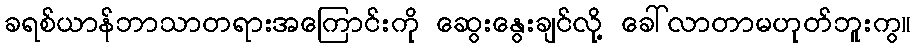
ခရစ်ယာန်ဘာသာတရားအကြောင်းကို ဆွေးနွေးချင်လို့ ခေါ်လာတာမဟုတ်ဘူးကွ။